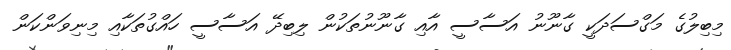
މިބިލުގެ މަގްސަދަކީ ގާނޫނު އަސާސީ އާއި ގާނޫނުތަކުން ލިބިދޭ އަސާސީ ހައްގުތަކާއި މިނިވަންކަން